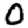
Digit: 0